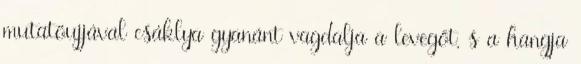
mutatóujjával csáklya gyanánt vagdalja a levegőt, s a hangja